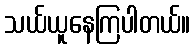
သယ်ယူနေကြပါတယ်။